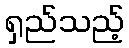
ရှည်သည့်